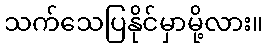
သက်သေပြနိုင်မှာမို့လား။